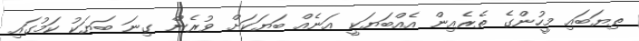
ތިޔަބައި މީހުންގެ ތެރެއިން އެއްބަޔަކީ އަނެއް ބަޔަކަށް ވުރެން ގިނަ ބަޔަކު ކަމުގައި